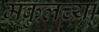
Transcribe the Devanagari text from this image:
मकुलच्या